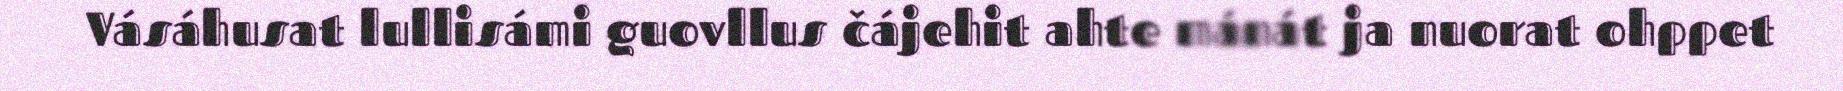
Vásáhusat lullisámi guovllus čájehit ahte mánát ja nuorat ohppet